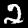
Label: 2